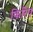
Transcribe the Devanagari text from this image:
फिरिए